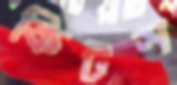
কিটস